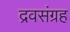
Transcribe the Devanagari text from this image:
द्रवसंग्रह